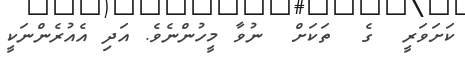
ކަށަވަރީ  ގެ  ތަކަށް  ނުވާ މީހުންނެވެ. އަދި އެއުރެންނަކީ